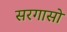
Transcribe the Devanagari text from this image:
सरगासो